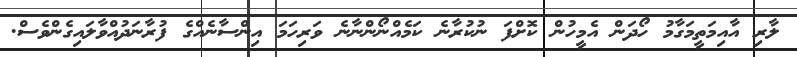
ލާރި އާއިމަތީމަގާމު ހޯދަން އެމީހުން ކޮށްފަ ނުކުރާނެ ކަމެއްނޯންނާނެ ވަރިހަމަ އިންސާނެއްގެ ފުރާނަދުއްވާލައިގެންވެސް.